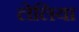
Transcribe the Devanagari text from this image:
लेलिया